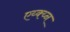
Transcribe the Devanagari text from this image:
एय्क्य्न